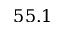
5 5 . 1